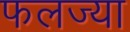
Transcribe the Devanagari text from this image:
फलज्या